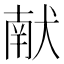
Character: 献